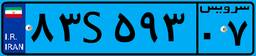
۸۳S۵۹۳۰۷